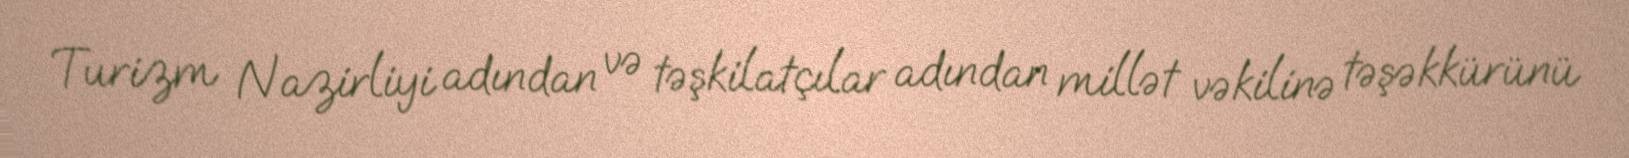
Turizm Nazirliyi adından və təşkilatçılar adından millət vəkilinə təşəkkürünü